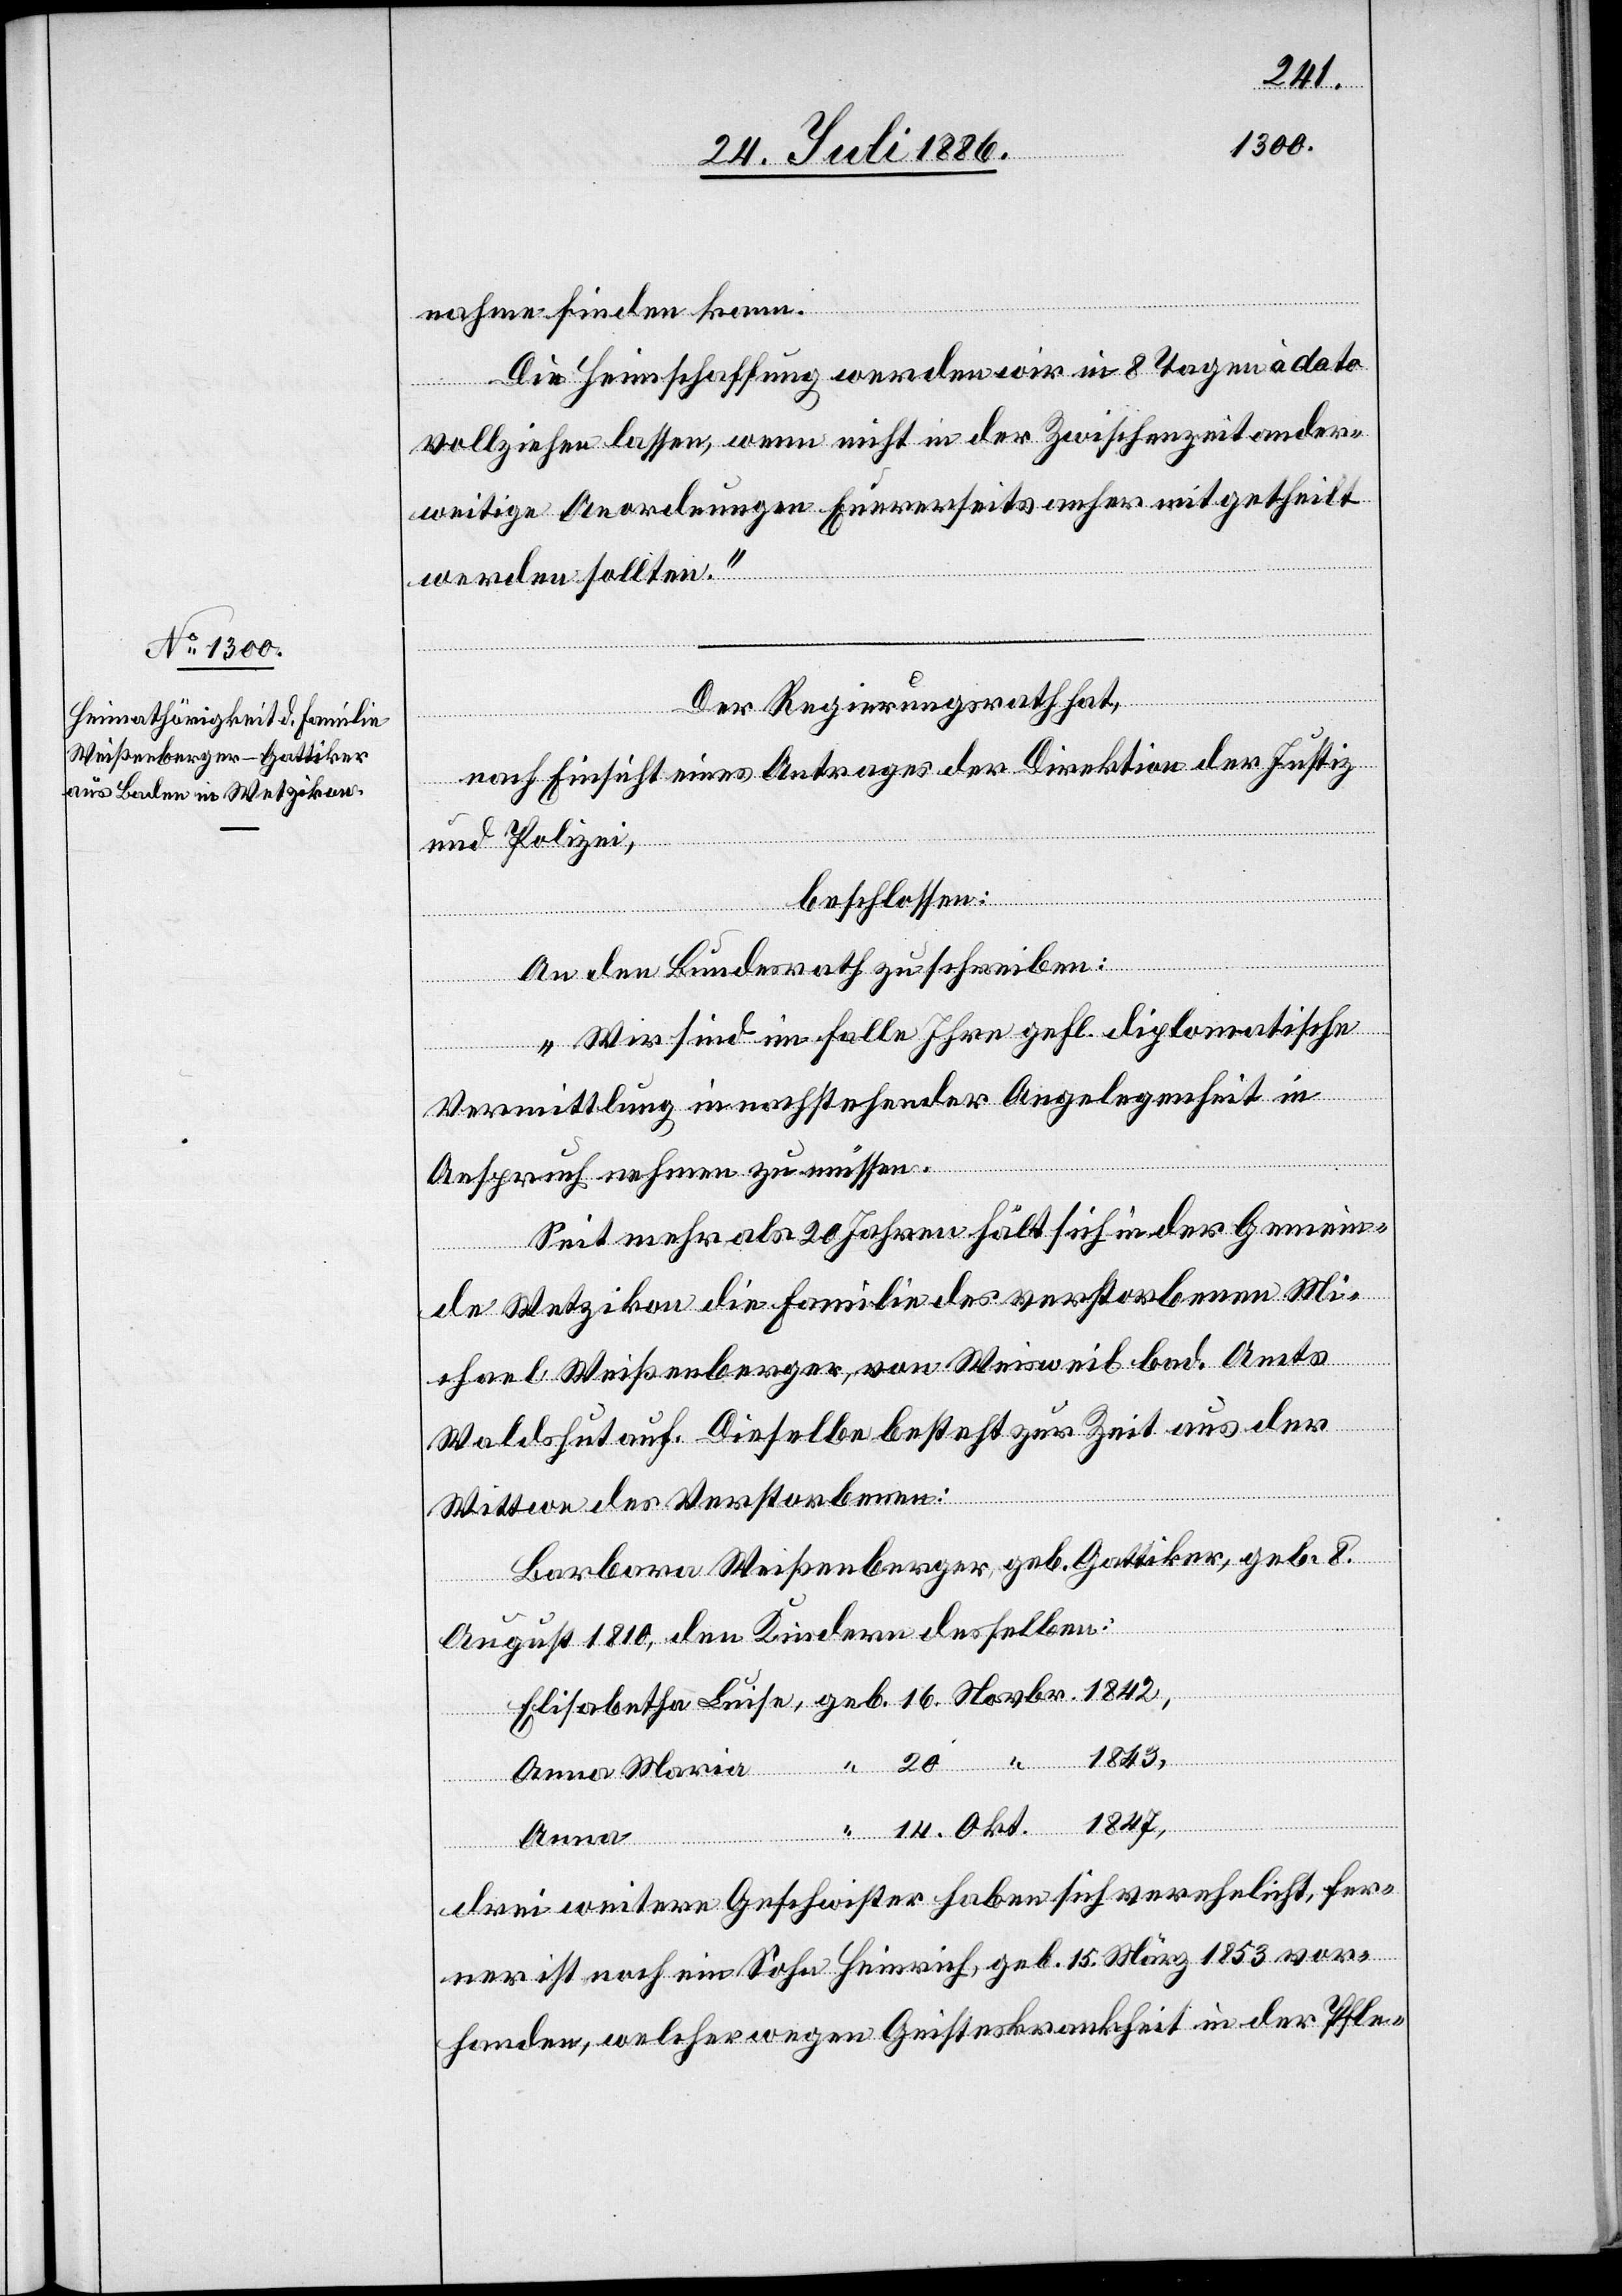
14.
nahme finden kann.
Die Heimschaffung werden wir in 8 Tagen à dato
vollziehen lassen, wenn nicht in der Zwischenzeit ander¬
weitige Anordnungen Euererseits anher mitgetheilt
werden sollten.“
Der Regierungsrath hat,
nach Einsicht eines Antrages der Direktion der Justiz
und Polizei,
beschlossen:
An den Bundesrath zu schreiben:
„Wir sind im Falle Ihre gefl. diplomatische
Vermittlung in nachstehender Angelegenheit in
Anspruch nehmen zu müssen.
Seit mehr als 20 Jahren hält sich in der Gemein¬
de Wetzikon die Familie des verstorbenen Mi¬
chael Weißenberger, von Weisweil bad. Amts
Waldshut auf. Dieselbe besteht zur Zeit aus der
Okt.
Wittwe des Verstorbenen:
Barbara Weißenberger, geb. Gattiker, geb. 8.
August 1810, den Kindern desselben:
16.
1843,
Anna
drei weitere Geschwister haben sich verehelicht, fer¬
ner ist noch ein Sohn Heinrich, geb. 15. März 1853 vor¬
handen, welcher wegen Geisteskrankheit in der Pfle-